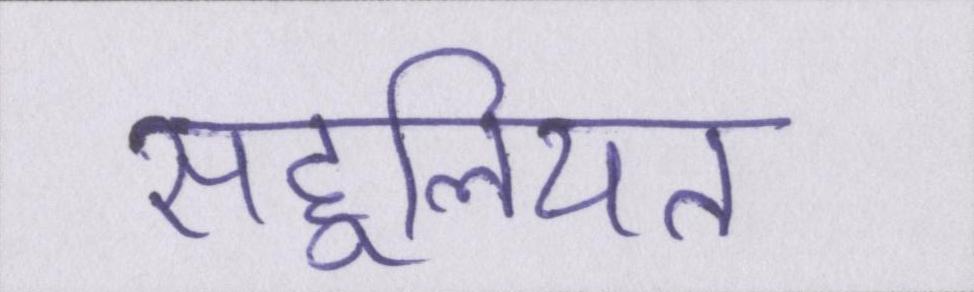
सहूलियत